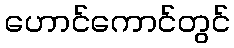
ဟောင်ကောင်တွင်